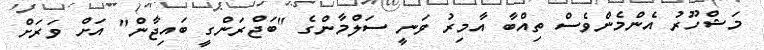
މަޝްހޫރު އެންމެންވެސް ތިއްބާ އާމިރު ވަނީ ސަލްމާންގެ "ބަޖްރަންގީ ބައިޖާން" އަށް ވަރަށް